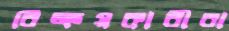
বিক্রয়কারীরা